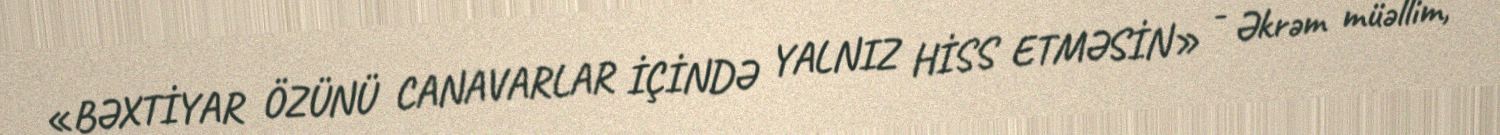
«BƏXTİYAR ÖZÜNÜ CANAVARLAR İÇİNDƏ YALNIZ HİSS ETMƏSİN» - Əkrəm müəllim,